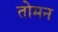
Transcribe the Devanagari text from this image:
तोमन